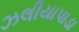
ઝલીયાપાડા